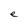
Character: e